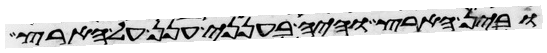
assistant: ובין הארץ והיה בענני ענן על הארץ